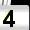
Digit: 4